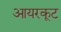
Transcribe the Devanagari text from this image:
आयरकूट